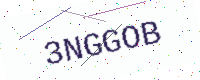
Text: 3NGGOB